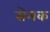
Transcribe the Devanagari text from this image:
सेमक